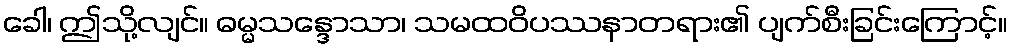
ခေါ၊ ဤသို့လျင်။ ဓမ္မသန္ဒောသာ၊ သမထဝိပဿနာတရား၏ ပျက်စီးခြင်းကြောင့်။